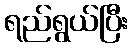
ရည်ရွယ်ပြီး